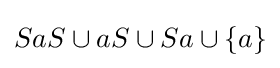
SaS\cup aS\cup Sa\cup \{a\}